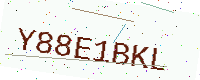
Text: Y88E1BKL